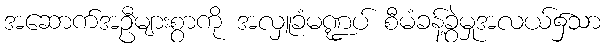
အဆောက်အဦများစွာကို အလှူခံမဏ္ဍပ် စီမံခန့်ခွဲမှုအလယ်၌သာ